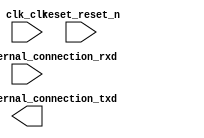

module rs232_qsys (
	clk_clk,
	reset_reset_n,
	uart_0_external_connection_rxd,
	uart_0_external_connection_txd);	

	input		clk_clk;
	input		reset_reset_n;
	input		uart_0_external_connection_rxd;
	output		uart_0_external_connection_txd;
endmodule